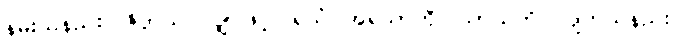
နမ်းသနည်း။ ဇိဝှာယ၊ လျှာဖြင့်။ ရသံ၊ အရသာကို။ သာယတိ၊ လျက်သနည်း။